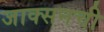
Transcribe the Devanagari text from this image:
जाक्सनची